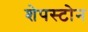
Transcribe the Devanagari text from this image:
शेपस्टोन